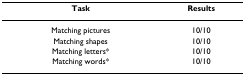
<table><thead><tr><td><b>Task</b></td><td><b>Results</b></td></tr></thead><tbody><tr><td>Matching pictures</td><td>10/10</td></tr><tr><td>Matching shapes</td><td>10/10</td></tr><tr><td>Matching letters*</td><td>10/10</td></tr><tr><td>Matching words*</td><td>10/10</td></tr></tbody></table>